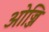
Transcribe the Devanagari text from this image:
ओज्जि